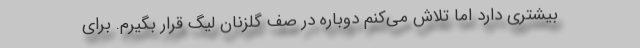
بیشتری دارد اما تلاش می‌کنم دوباره در صف گلزنان لیگ قرار بگیرم. برای